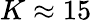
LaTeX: K\approx 15